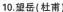
10.望岳(杜甫)